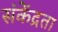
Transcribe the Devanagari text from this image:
संकेंद्रता